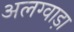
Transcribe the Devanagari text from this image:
अलग्वाड़ा